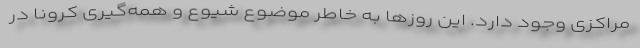
مراکزی وجود دارد. این روزها به خاطر موضوع شیوع و همه‌گیری کرونا در